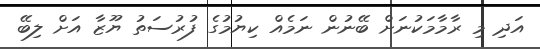
އަދި މި ރާމާމަކުނަށް ބޭނުން ނަމެއް ކިޔުމުގެ ފުރުސަތު ޔޫޒާ އަށް ލިބޭ